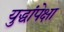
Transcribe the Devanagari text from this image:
युद्धांपेक्षा